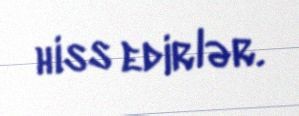
hiss edirlər.